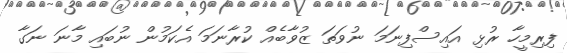
ފިރިމީހާ ރުޅި އައިސްފިނަމަ ނުވަތަ ޒުވާބެއް ކުރާނަމަ އެކަމުން ނުބައި މާނަ ނަގާ